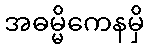
အဓမ္မိကေနမှိ